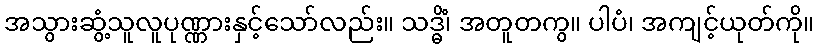
အသွားဆွံ့သူလူပုဏ္ဏားနှင့်သော်လည်း။ သဒ္ဓိံ၊ အတူတကွ။ ပါပံ၊ အကျင့်ယုတ်ကို။